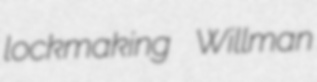
lockmaking Willman